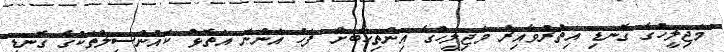
މަޖިލީހުގެ ގޮނޑި އިތުރުވާއިރު މަޖިލީހުގެ އިންތިހާބަށް ފަހު އަންނަ އަތޮޅު ކައުންސިލްތަކުގެ ގޮނޑި